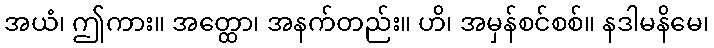
အယံ၊ ဤကား။ အတ္ထော၊ အနက်တည်း။ ဟိ၊ အမှန်စင်စစ်။ နဒါမနိမေ၊